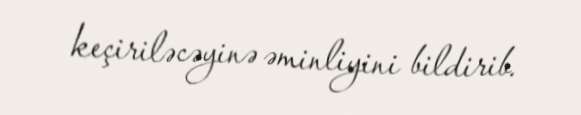
keçiriləcəyinə əminliyini bildirib.